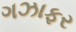
ગઝાફર